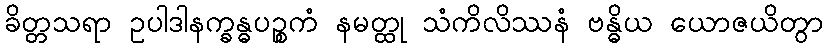
ခိတ္တသရာ ဥပါဒါနက္ခန္ဓပဉ္စကံ နမတ္ထု သံကိလိဿနံ ဗန္ဓိယ ယောဇယိတွာ